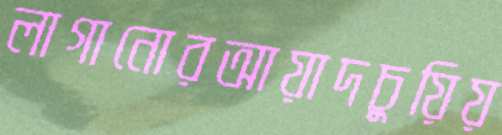
লাগানোরআয়াদচুয়িয়